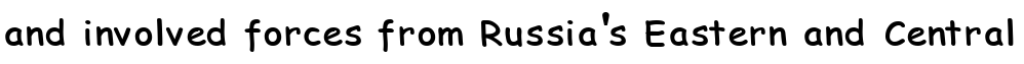
and involved forces from Russia's Eastern and Central